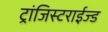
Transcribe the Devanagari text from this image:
ट्रांजिस्टराईज्ड